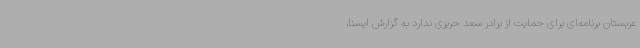
عربستان برنامه‌ای برای حمایت از برادر سعد حریری ندارد به گزارش ایسنا،